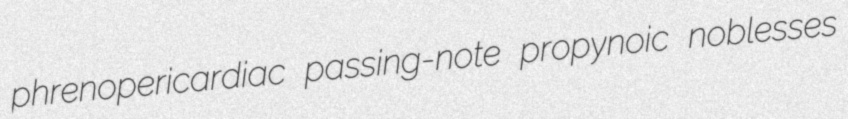
phrenopericardiac passing-note propynoic noblesses